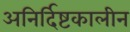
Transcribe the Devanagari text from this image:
अनिर्दिष्टकालीन